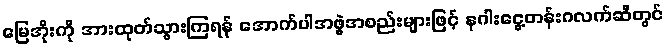
မြေအိုးကို အားထုတ်သွားကြရန် အောက်ပါအဖွဲ့အစည်းများဖြင့် နဂါးငွေ့တန်းဂလက်ဆီတွင်